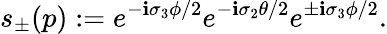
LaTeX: s_{\pm}(p):=e^{-\mathbf{i}\sigma_{3}\phi/2}e^{-\mathbf{i}\sigma_{2}\theta/2}e^{\pm\mathbf{i}\sigma_{3}\phi/2}.